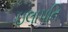
ઇલાપતિ